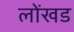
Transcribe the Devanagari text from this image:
लोंखड